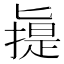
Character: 𠤧